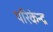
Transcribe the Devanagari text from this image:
परिकेन्द्र